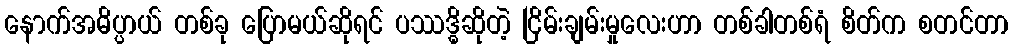
နောက်အဓိပ္ပာယ် တစ်ခု ပြောမယ်ဆိုရင် ပဿဒ္ဓိဆိုတဲ့ ငြိမ်းချမ်းမှုလေးဟာ တစ်ခါတစ်ရံ စိတ်က စတင်တာ